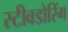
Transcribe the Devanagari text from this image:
स्टीवडोरिंग